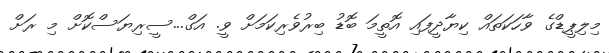
މިލިޕީޑްގެ ވާހަކަތައް ކިޔާދީފައި އޮތީމަ ބޮޑު ބިރުވެރިކަމަށް ވީ. އަގް...ސީރިޔަސްކޮށް މި ރަށް